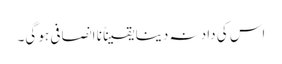
اس کی داد نہ دینا یقیناً نا انصافی ہو گی۔